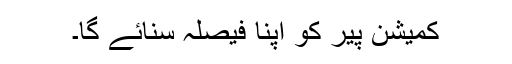
کمیشن پیر کو اپنا فیصلہ سنائے گا۔